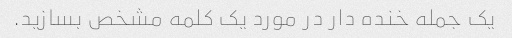
یک جمله خنده دار در مورد یک کلمه مشخص بسازید.